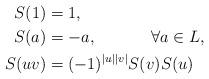
LaTeX: \begin{align*}S(1)&=1,\\S(a)&=-a, ~~~~\qquad\forall a\in L,\\S(uv)&=(-1)^{|u||v|}S(v)S(u)\end{align*}